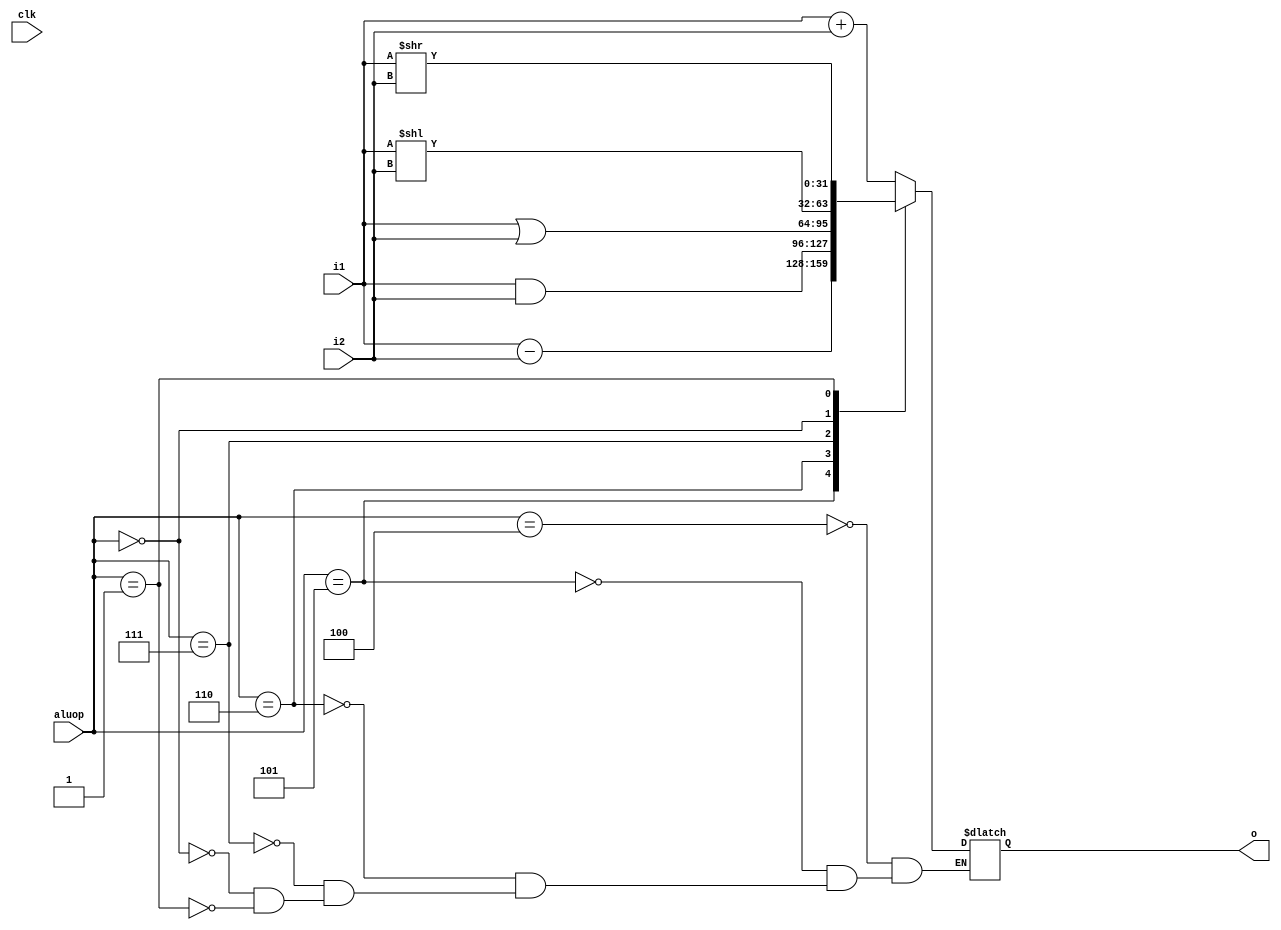
`timescale 1ns / 1ps

module alu(
    input [31:0] i1,
    input [31:0] i2,
    input [2:0] aluop,
    input clk,
    output reg [31:0] o
    );
    
    always @(clk) begin
        case(aluop)
            3'b100 : o = i1 + i2;
            3'b101 : o = i1 - i2;
            3'b110 : o = i1 & i2;
            3'b111 : o = i1 | i2;
            3'b000 : o = i1 << i2;
            3'b001 : o = i1 >> i2;
        endcase
    end

endmodule